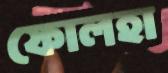
ফোলহা